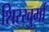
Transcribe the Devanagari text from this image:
शिरखुर्मा